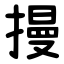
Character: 摱